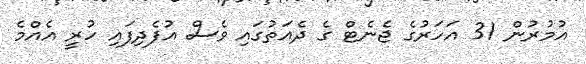
އުމުރުން 31 އަހަރުގެ ޖެނެޓް ގެ ދެއަތުގައި ވެސް އުފެދިފައި ހުރީ އެެއްމެ